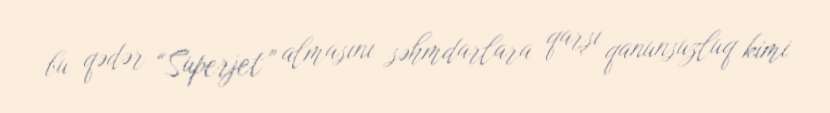
bu qədər “Superjet” almasını səhmdarlara qarşı qanunsuzluq kimi